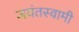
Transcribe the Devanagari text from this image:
जयंतस्वामी